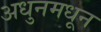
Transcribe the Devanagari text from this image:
अधुनमधून